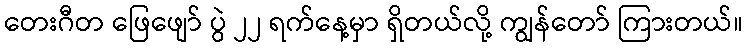
တေးဂီတ ဖြေဖျော် ပွဲ ၂၂ ရက်နေ့မှာ ရှိတယ်လို့ ကျွန်တော် ကြားတယ်။